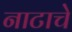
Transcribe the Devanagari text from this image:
नाटाचे